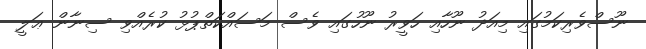
ނޫސްވެރިކަމުގައި މިއަދު ނޫހާއި ހަވީރު ނޫހުގައި ވެސް މަސައްކަތްޕުޅު ކުރެއްވި ސިނާން ޢަލީ